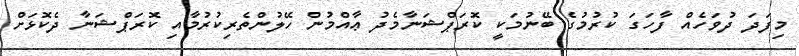
މިފަދަ ދުވަހެއް ފާހަގަ ކުރުމުގެ ބޭނުމަކީ ކޮރަޕްޝަނާމެދު ޢާއްމުން ހޭލުންތެރިކުރުމާއި ކޮރަޕްޝަނާ ދެކޮޅަށް